Vaccination Hyderabad 1872-1889 - 1872-1889
Year: 1872
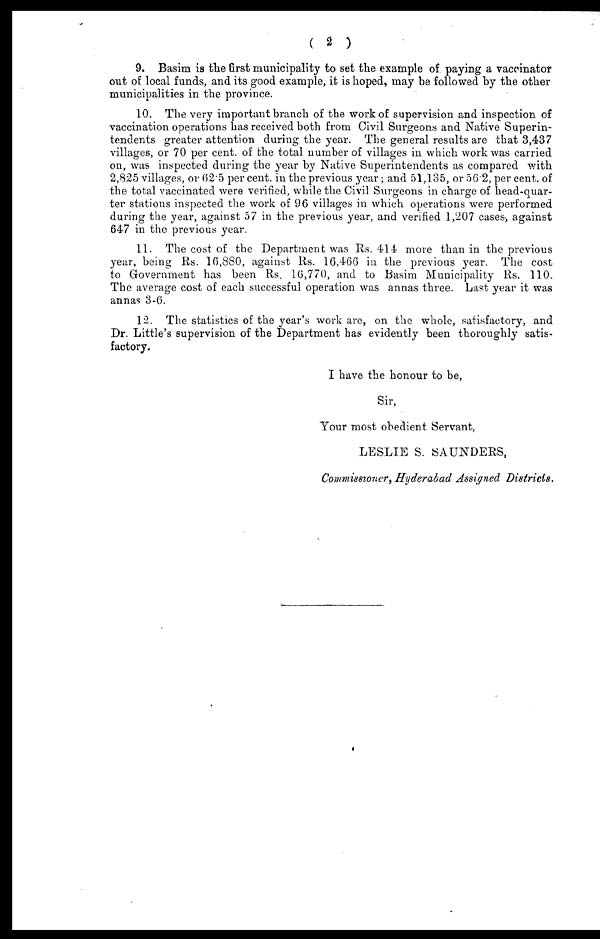
( 2 )
9. Basim is the first municipality to set the example of paying a vaccinator
out of local funds, and its good example, it is hoped, may be followed by the other
municipalities in the province.
10. The very important branch of the work of supervision and inspection of
vaccination operations has received both from Civil Surgeons and Native Superin-
tendents greater attention during the year. The general results are that 3,437
villages, or 70 per cent. of the total number of villages in which work was carried
on, was inspected during the year by Native Superintendents as compared with
2,825 villages, or 62.5 per cent. in the previous year; and 51,135, or 56.2, per cent. of
the total vaccinated were verified, while the Civil Surgeons in charge of head-quar-
ter stations inspected the work of 96 villages in which operations were performed
during the year, against 57 in the previous year, and verified 1,207 cases, against
647 in the previous year.
11. The cost of the Department was Rs. 414 more than in the previous
year, being Rs. 16,880, against Rs. 16,466 in the previous year. The cost
to Government has been Rs. 16,770, and to Basim Municipality Rs. 110.
The average cost of each successful operation was annas three. Last year it was
annas 3-6.
12. The statistics of the year's work are, on the whole, satisfactory, and
Dr. Little's supervision of the Department has evidently been thoroughly satis-
factory.
I have the honour to be,
Sir,
Your most obedient Servant,
LESLIE S. SAUNDERS,
Commissioner, Hyderabad Assigned Districts.